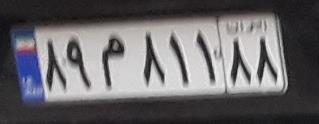
۸۹م۸۱۱۸۸